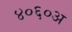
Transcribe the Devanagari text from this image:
४०६०अ